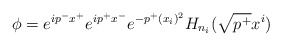
\begin{align*}\phi=e^{ip^-x^+}e^{ip^+x^-}e^{-p^+ (x_i)^2} H_{n_i}(\sqrt{p^+} x^i)\end{align*}